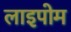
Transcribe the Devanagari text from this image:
लाइपोम